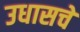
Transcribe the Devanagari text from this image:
उधासचे